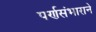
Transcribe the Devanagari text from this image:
पर्णसंभाराने